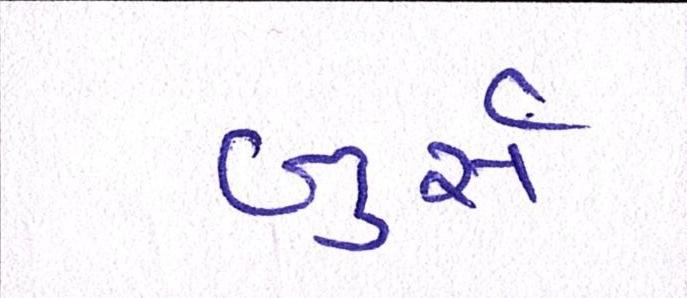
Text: બુર્સ